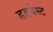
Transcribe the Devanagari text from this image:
डडवेस्ट